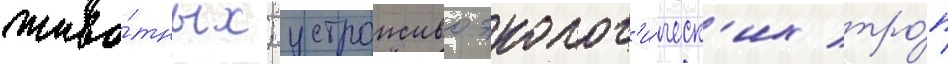
живо́тных; устроиство эколог'и́ческ'их тро́п